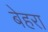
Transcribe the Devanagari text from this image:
बेहरा